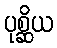
ပုစ္ဆိယ